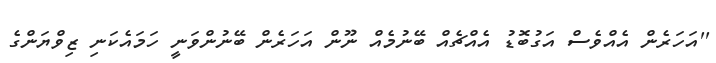
''އަހަރެން އެއްވެސް އަގުބޮޑު އެއްޗެއް ބޭނުމެއް ނޫން އަހަރެން ބޭނުންވަނީ ހަމައެކަނި ޒިވްޔަންގެ